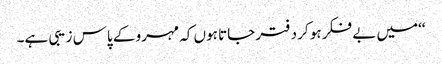
‘‘میں بے فکر ہو کر دفتر جاتا ہوں کہ مہرو کے پاس زیبی ہے۔